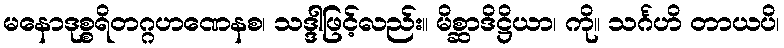
မနောဒုစ္စရိတဂ္ဂဟဏေနစ၊ သဒ္ဒါဖြင့်လည်း။ မိစ္ဆာဒိဋ္ဌိယာ၊ ကို။ သင်္ဂဟိ တာယပိ၊